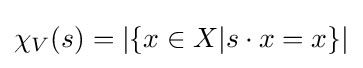
\chi _{V}(s)=|\{x\in X|s\cdot x=x\}|